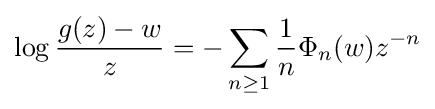
\log {\frac {g(z)-w}{z}}=-\sum _{n\geq 1}{1 \over n}\Phi _{n}(w)z^{-n}